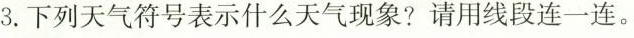
3.下列天气符号表示什么天气现象?请用线段连一连。